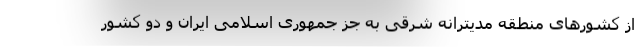
از کشورهای منطقه مدیترانه شرقی به جز جمهوری اسلامی ایران و دو کشور